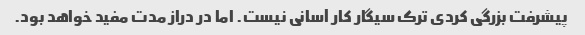
پیشرفت بزرگی کردی ترک سیگار کار آسانی نیست. اما در دراز مدت مفید خواهد بود.